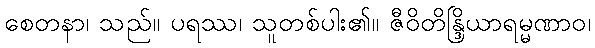
စေတနာ၊ သည်။ ပရဿ၊ သူတစ်ပါး၏။ ဇီဝိတိန္ဒြိယာရမ္မဏာဝ၊